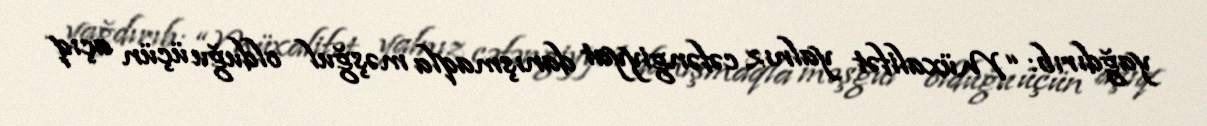
yağdırıb: “Müxalifət yalnız cəfəngiyyat danışmaqla məşğul olduğu üçün açıq